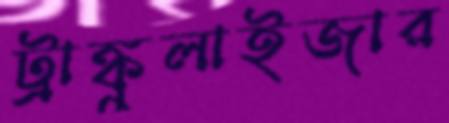
ট্রাঙ্কুলাইজার